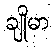
ချိုမာ